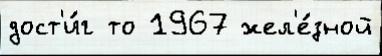
дост'и́г то 1967 жел'е́зной